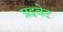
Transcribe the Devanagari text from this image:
प्रइवेट